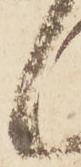
候